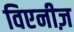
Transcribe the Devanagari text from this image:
विएनीज़